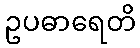
ဥပဓာရေတိ